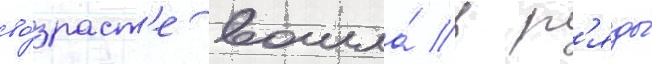
во́зраст'е вошла́ в р'яды́